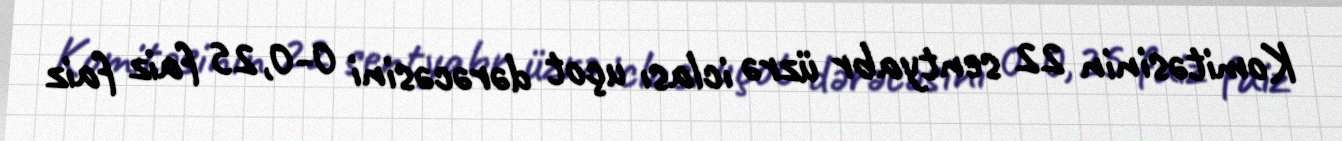
Komitəsinin 22 sentyabr üzrə iclası uçot dərəcəsini 0-0,25 faiz faiz